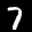
Label: 7